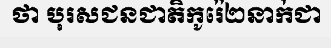
ថា បុរសជនជាតិកូរ៉េ២នាក់ជា